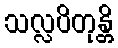
သလ္လပိတုန္တိ